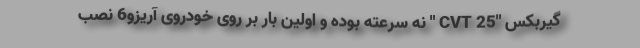
گیربکس "CVT 25 " نه سرعته بوده و اولین بار بر روی خودروی آریزو6 نصب